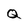
Character: Q